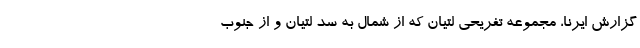
گزارش ایرنا، مجموعه تفریحی لتیان که از شمال به سد لتیان و از جنوب